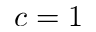
c = 1